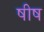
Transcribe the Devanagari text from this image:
षीष